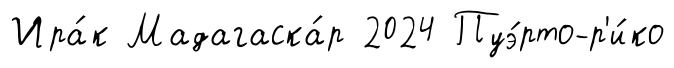
Ира́к Мадагаска́р 2024 Пуэ́рто-р'и́ко